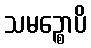
သမဉ္စောပိ